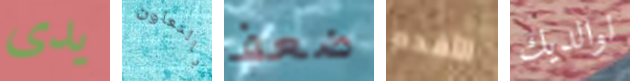
يدى بالتعاون ضعف الأقدم لوالديك